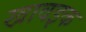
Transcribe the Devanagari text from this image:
खावइक